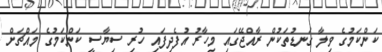
ކަންކަމުގެ ވިލާ ގަނޑުތަކުން ރާއްޖޭގައި މިހާރު އުފެދިފައި ހުރި ސިޔާސީ ކަންކަމުގެ މައްޗަށް